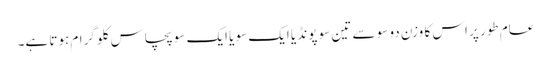
عام طور پر اس کا وزن دو سو سے تین سو پونڈ یا ایک سو یا ایک سو پچاس کلو گرام ہوتا ہے۔